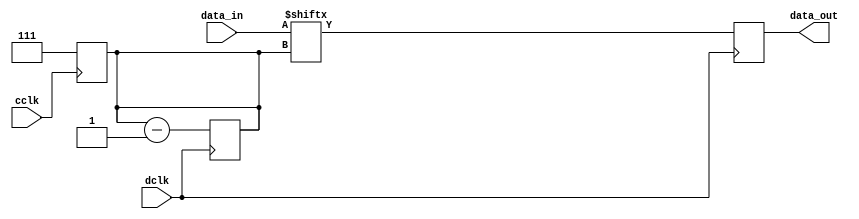
module converter_bits (
		input 		 cclk,
		input 		 dclk,
		input [7:0] 	 data_in,		
		output reg data_out
		);


	//valid_out0 = 0;

	reg [2:0] cnt;


   always @ (posedge cclk) begin


		cnt = 3'b111;

   end
	

   always @ (posedge dclk) begin


   	data_out <= data_in[cnt];

   	cnt <= cnt - 1;




   end // always @ (posedge dclk)

endmodule // 8_to_1_bits